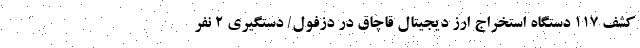
کشف 117 دستگاه استخراج ارز دیجیتال قاچاق در دزفول/ دستگیری 2 نفر